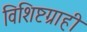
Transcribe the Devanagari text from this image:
विशिष्टग्राही